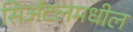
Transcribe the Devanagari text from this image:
सिअॅटलमधील